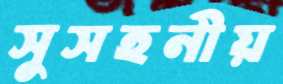
সুসহনীয়